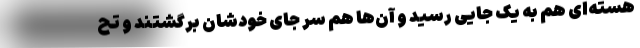
هسته‌‌ای هم به یک جایی رسید و آن‌ها هم سر جای خودشان برگشتند و تح